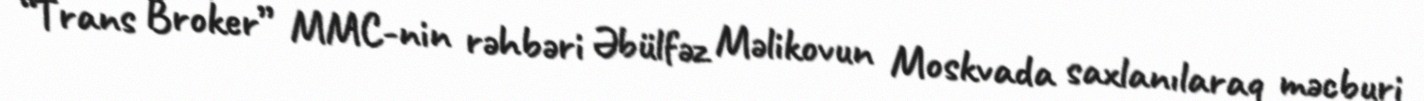
“Trans Broker” MMC-nin rəhbəri Əbülfəz Məlikovun Moskvada saxlanılaraq məcburi